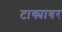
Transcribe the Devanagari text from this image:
टाक्यावर